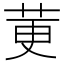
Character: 莄